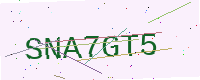
Text: SNA7GT5